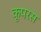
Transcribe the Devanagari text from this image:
कूपरस